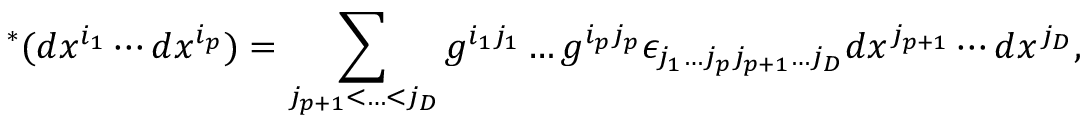
{ } ^ { * } ( d x ^ { i _ { 1 } } \cdots d x ^ { i _ { p } } ) = \sum _ { j _ { p + 1 } < \ldots < j _ { D } } g ^ { i _ { 1 } j _ { 1 } } \ldots g ^ { i _ { p } j _ { p } } \epsilon _ { j _ { 1 } \ldots j _ { p } j _ { p + 1 } \ldots j _ { D } } d x ^ { j _ { p + 1 } } \cdots d x ^ { j _ { D } } ,